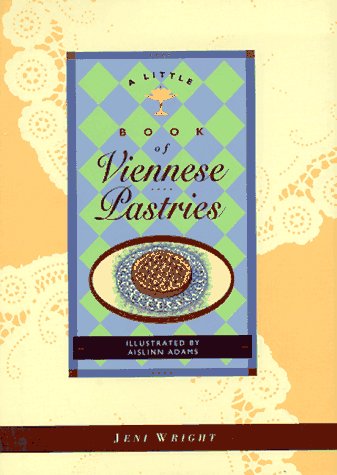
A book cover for Little Book of Viennese Pastries (Little Cookbook Series); Jeni Wright; Cookbooks, Food & Wine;